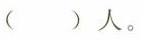
（）人。